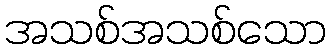
အသစ်အသစ်သော